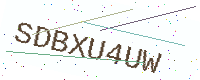
Text: SDBXU4UW